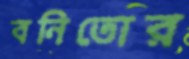
বনিতোর